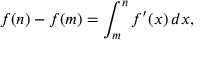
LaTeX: f ( n ) - f ( m ) = \int _ { m } ^ { n } f ^ { \prime } ( x ) \, d x ,